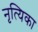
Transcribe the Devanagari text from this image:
नृत्यिका